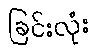
ခြင်းလုံး